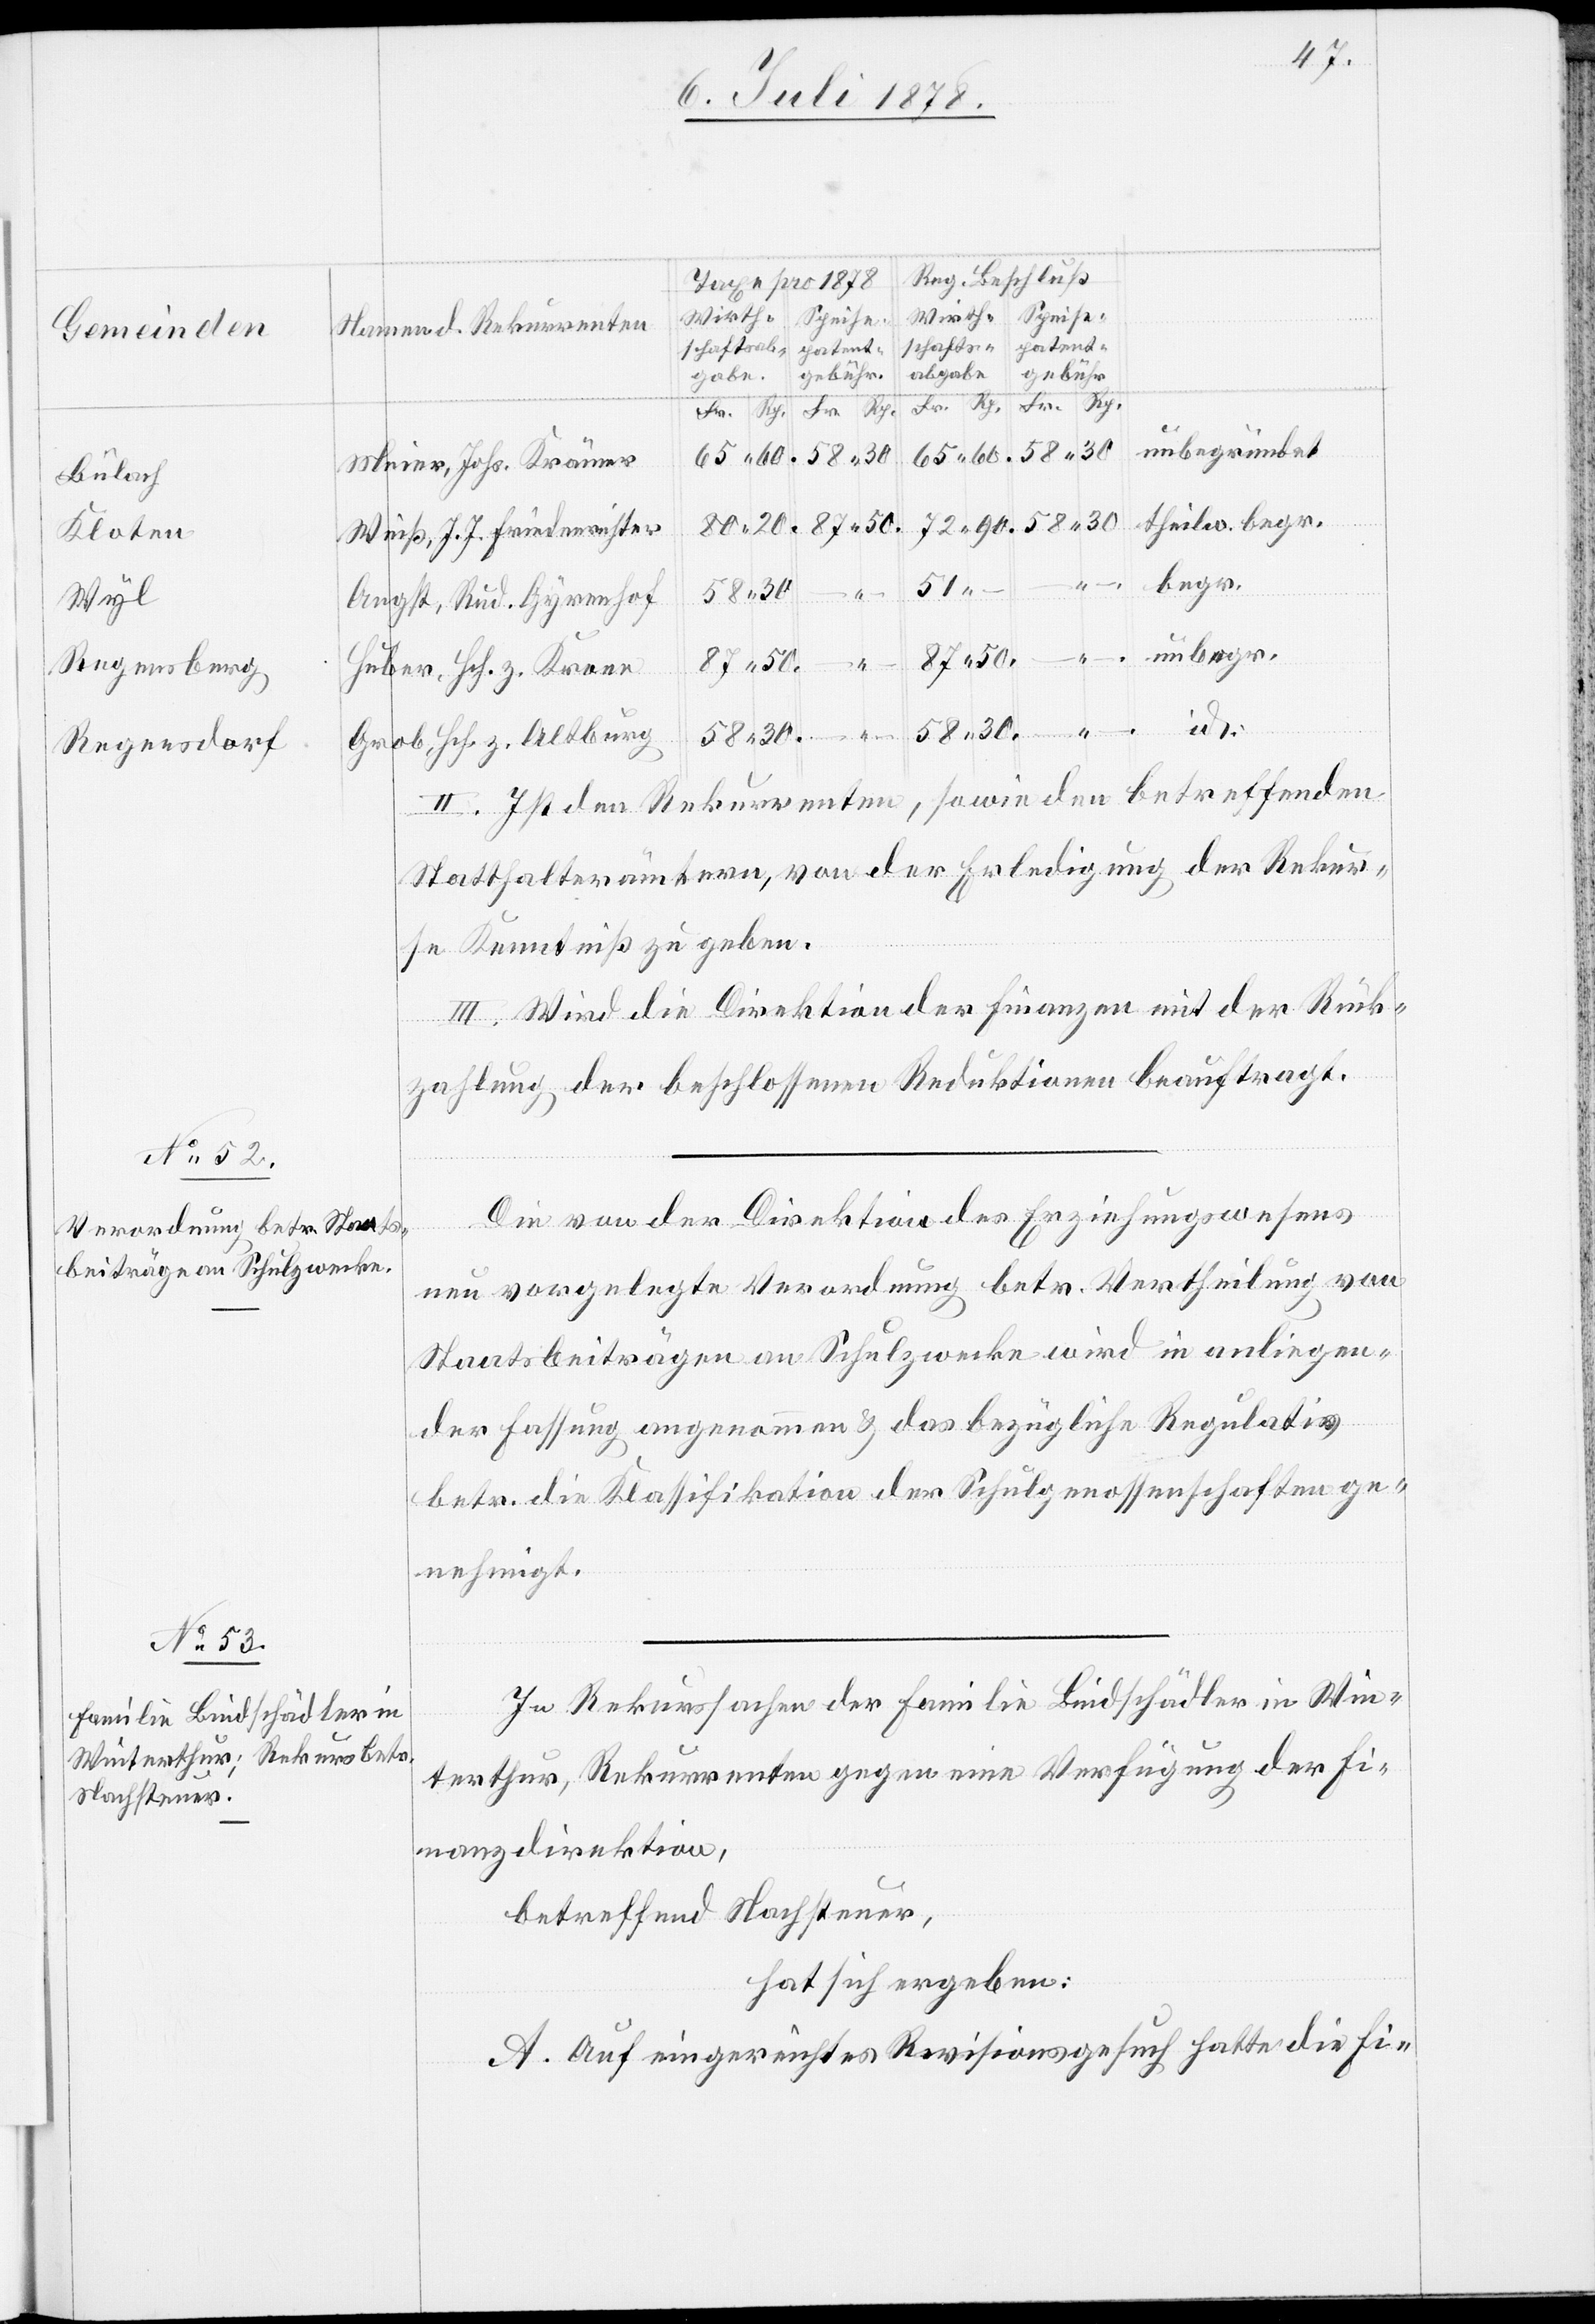
Bülach
Kloten
Wyl
Regensdorf

87.
unbegründet
Meier, Johs. Krämer
begr.
Weiß, J. J. Friedensrichter
30.
60.
Angst, Rud. Gyrenhof
unbegr.
theilw.
Huber, Hch. z. Krone
.
Grob, Hch. z. Altburg
II. Ist den Rekurrenten, sowie den betreffenden
Statthalterämtern, von der Erledigung der Rekur¬
se Kenntniß zu geben.
III. Wird die Direktion der Finanzen mit der Rück¬
zahlung der beschlossenen Reduktionen beauftragt.
Die von der Direktion des Erziehungswesens
neu vorgelegte Verordnung betr. Vertheilung von
Staatsbeiträgen an Schulzwecke wird in anliegen¬
der Fassung angenommen & das bezügliche Regulativ
betr. die Klassifikation der Schulgenossenschaften ge¬
nehmigt.
In Rekurssache der Familie Bindschädler in Win¬
terthur, Rekurrenten gegen eine Verfügung der Fi¬
nanzdirektion,
betreffend Nachsteuer,
hat sich ergeben:
A. Auf eingereichtes Revisionsgesuch hatte die Fi-